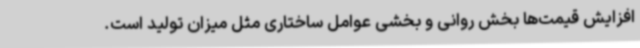
افزایش قیمت‌ها بخش روانی و بخشی عوامل ساختاری مثل میزان تولید است.